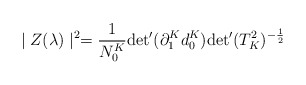
\begin{align*}\mid Z(\lambda) \mid^2 = \frac{1}{N_0^K}{\det} '(\partial_1^Kd_0^K){\det} '(T_K^2)^{-\frac{1}{2}}\end{align*}